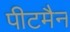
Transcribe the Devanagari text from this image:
पीटमैन